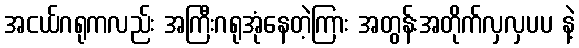
အငယ်ဂရုကလည်း အကြီးဂရုအုံနေတဲ့ကြား အတွန်းအတိုက်လှလှပပ နဲ့